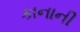
કાનાની